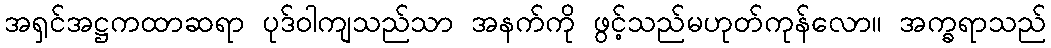
အရှင်အဋ္ဌကထာဆရာ ပုဒ်ဝါကျသည်သာ အနက်ကို ဖွင့်သည်မဟုတ်ကုန်လော။ အက္ခရာသည်